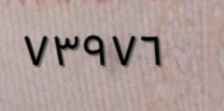
٧٣٩٧٦